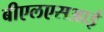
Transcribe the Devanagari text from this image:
बीएलएसआई